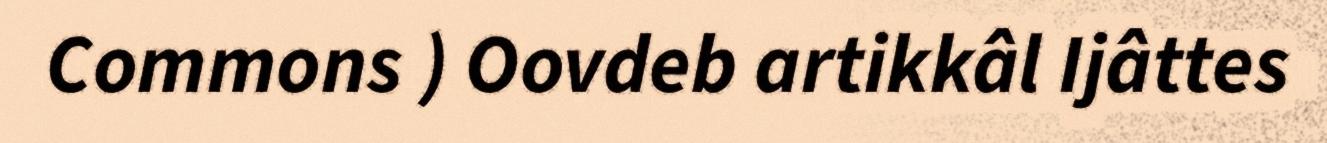
Commons ) Oovdeb artikkâl Ijâttes